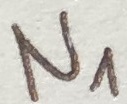
Text: N1